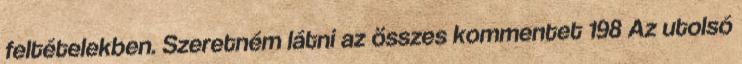
feltételekben. Szeretném látni az összes kommentet 198 Az utolsó